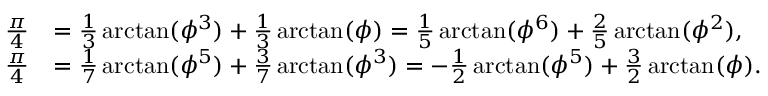
\begin{array} { r l } { \frac { \pi } { 4 } } & { = \frac { 1 } { 3 } \arctan ( \phi ^ { 3 } ) + \frac { 1 } { 3 } \arctan ( \phi ) = \frac { 1 } { 5 } \arctan ( \phi ^ { 6 } ) + \frac { 2 } { 5 } \arctan ( \phi ^ { 2 } ) , } \\ { \frac { \pi } { 4 } } & { = \frac { 1 } { 7 } \arctan ( \phi ^ { 5 } ) + \frac { 3 } { 7 } \arctan ( \phi ^ { 3 } ) = - \frac { 1 } { 2 } \arctan ( \phi ^ { 5 } ) + \frac { 3 } { 2 } \arctan ( \phi ) . } \end{array}